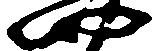
四